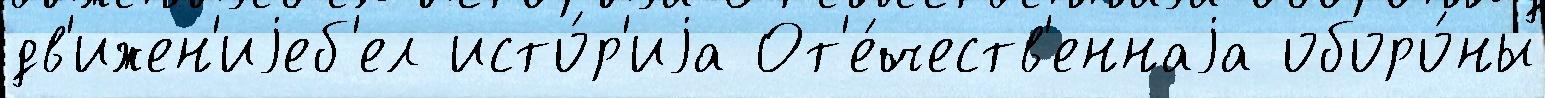
дв'ижен'иjеб'ел исто́р'иjа От'е́честв'еннаjа оборо́ны